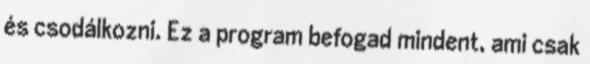
és csodálkozni. Ez a program befogad mindent, ami csak